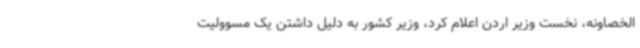
الخصاونه، نخست وزیر اردن اعلام کرد، وزیر کشور به دلیل داشتن یک مسوولیت